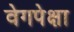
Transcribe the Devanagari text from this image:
वेगपेक्षा